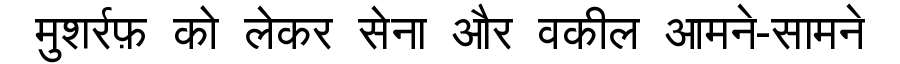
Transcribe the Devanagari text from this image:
मुशर्रफ़ को लेकर सेना और वकील आमने-सामने